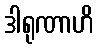
ဒါရုဏာဟိ